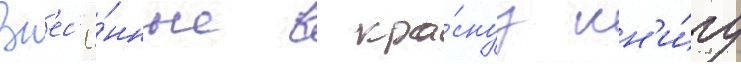
Вн'ес'ё́нные в кра́снуу кн'и́гу